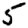
Digit: 5